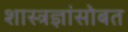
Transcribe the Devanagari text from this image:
शास्त्रज्ञांसोबत